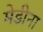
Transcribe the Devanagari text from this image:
मेडीना